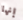
إنها